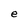
Character: e